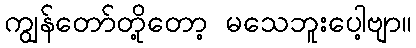
ကျွန်တော်တို့တော့ မသေဘူးပေါ့ဗျာ။